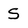
Character: S